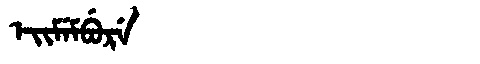
Manchu: ᡝᡳᠮᡝᠮᠪᡠᡵᡝ
Romanization: EIMEMBURE